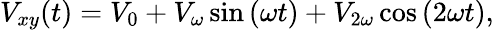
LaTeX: V_{xy}(t)=V_{0}+V_{\omega}\sin{(\omega t)}+V_{2\omega}\cos{(2\omega t)},